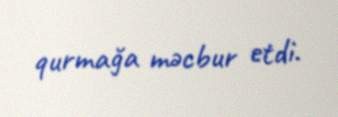
qurmağa məcbur etdi.